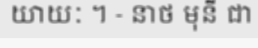
យាយៈ ។ - នាថ មុនី ជា